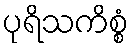
ပုရိသကိစ္စံ